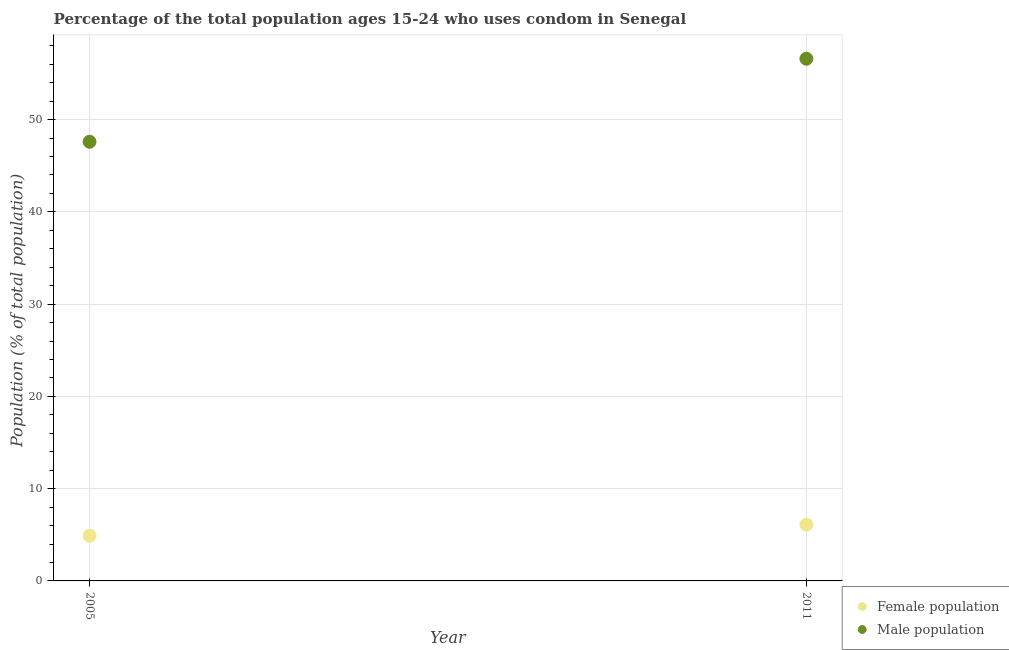
| Year | Female population | Male population |
 | --- | --- | --- |
 | 2005 | 4.9 | 47.6 |
 | 2011 | 6.1 | 56.6 |